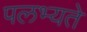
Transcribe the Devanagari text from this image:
पलभ्यते